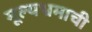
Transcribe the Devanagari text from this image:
मूल्यभ्रमाची